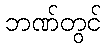
ဘဏ်တွင်